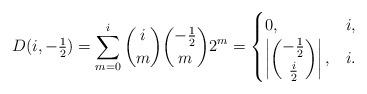
LaTeX: \begin{align*} D(i,-\tfrac{1}{2}) = \sum_{m=0}^{i} \binom{i}{m} \binom{-\tfrac{1}{2}}{m} 2^m = \begin{cases} 0, & i , \\ \left| \dbinom{-\tfrac{1}{2}}{\tfrac{i}{2}} \right| ,& i . \end{cases} \end{align*}